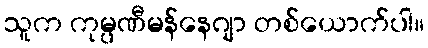
သူက ကုမ္ပဏီမန်နေဂျာ တစ်ယောက်ပါ။